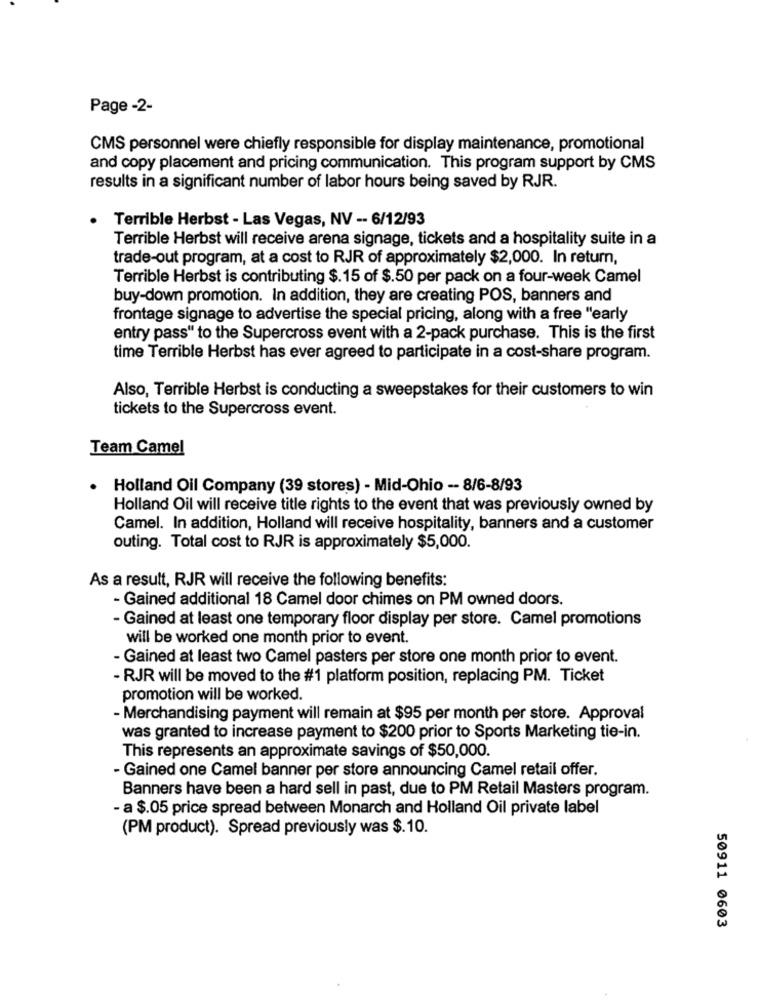
Page -2-
CMS personnel were chiefly responsible for display maintenance, promotional
and copy placement and pricing communication. This program support by CMS
results in a significant number of labor hours being saved by RJR.
Terrible Herbst - Las Vegas, NV -- 6/12/93
Terrible Herbst will receive arena signage, tickets and a hospitality suite in a
trade-out program, at a cost to RJR of approximately $2,000. In return,
Terrible Herbst is contributing $.15 of $.50 per pack on a four-week Camel
buy-down promotion. In addition, they are creating POS, banners and
frontage signage to advertise the special pricing, along with a free "early
entry pass" to the Supercross event with a 2-pack purchase. This is the first
time Terrible Herbst has ever agreed to participate in a cost-share program.
Also, Terrible Herbst is conducting a sweepstakes for their customers to win
tickets to the Supercross event.
Team Camel
. Holland Oil Company (39 stores) - Mid-Ohio -- 8/6-8/93
Holland Oil will receive title rights to the event that was previously owned by
Camel. In addition, Holland will receive hospitality, banners and a customer
outing. Total cost to RJR is approximately $5,000.
As a result, RJR will receive the following benefits:
- Gained additional 18 Camel door chimes on PM owned doors.
- Gained at least one temporary floor display per store. Camel promotions
will be worked one month prior to event.
- Gained at least two Camel pasters per store one month prior to event.
- RJR will be moved to the #1 platform position, replacing PM. Ticket
promotion will be worked.
- Merchandising payment will remain at $95 per month per store. Approval
was granted to increase payment to $200 prior to Sports Marketing tie-in.
This represents an approximate savings of $50,000.
- Gained one Camel banner per store announcing Camel retail offer.
Banners have been a hard sell in past, due to PM Retail Masters program.
- a $.05 price spread between Monarch and Holland Oil private label
(PM product). Spread previously was $.10.
50911 0603